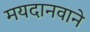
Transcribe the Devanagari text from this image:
मयदानवाने